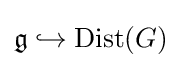
{\mathfrak {g}}\hookrightarrow \operatorname {Dist} (G)